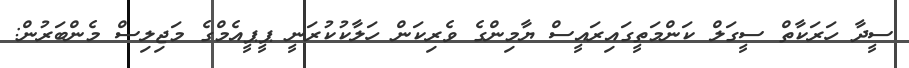
ސީދާ ހަރަކާތް ސީގަލް ކަންމަތީގައިރައީސް ޔާމިންގެ ވެރިކަން ހަލާކުކުރަނީ ޕީޕީއެމްގެ މަޖިލިސް މެންބަރުން: